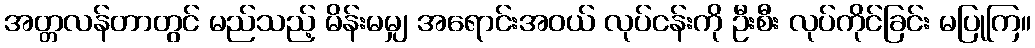
အတ္တလန်တာတွင် မည်သည့် မိန်းမမျှ အရောင်းအဝယ် လုပ်ငန်းကို ဦးစီး လုပ်ကိုင်ခြင်း မပြုကြ။